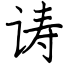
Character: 诪